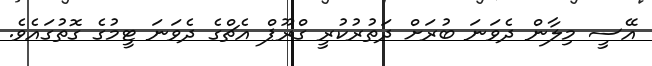
އޭސީ މިލާން ދެވަނަ ބުރަށް ދަތުރުކުރީ ގްރޫޕް އެޗްގެ ދެވަނަ ޓީމުގެ ގޮތުގައެވެ.